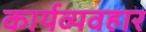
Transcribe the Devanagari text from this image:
कार्यव्यवहार